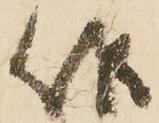
候